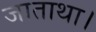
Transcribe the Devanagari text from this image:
जाताथा।